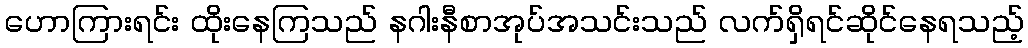
ဟောကြားရင်း ထိုးနေကြသည် နဂါးနီစာအုပ်အသင်းသည် လက်ရှိရင်ဆိုင်နေရသည့်